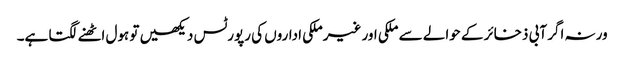
ورنہ اگر آبی ذخائر کے حوالے سے ملکی اور غیرملکی اداروں کی رپورٹس دیکھیں تو ہول اٹھنے لگتا ہے۔